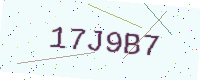
Text: 17J9B7